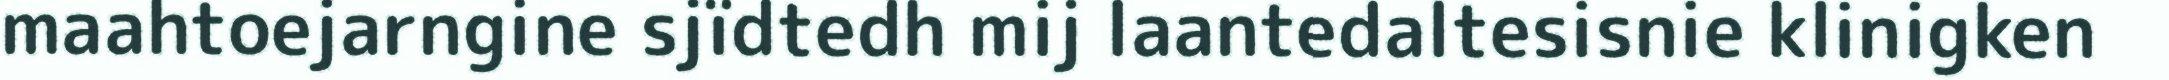
maahtoejarngine sjïdtedh mij laantedaltesisnie klinigken